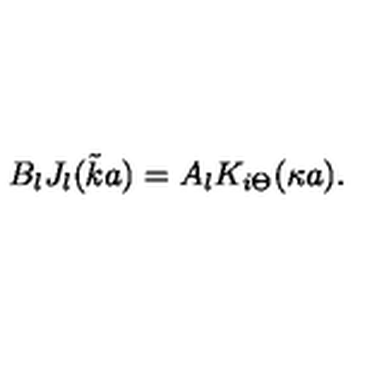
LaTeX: B _ { l } J _ { l } ( { \tilde { k } } a ) = A _ { l } K _ { i \Theta } ( \kappa a ) .